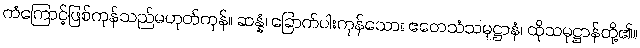
ကံကြောင့်ဖြစ်ကုန်သည်မဟုတ်ကုန်။ ဆန္နံ၊ ခြောက်ပါးကုန်သော။ ဧတေသံသမုဋ္ဌာနံ၊ ထိုသမုဋ္ဌာန်တို့၏။